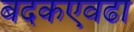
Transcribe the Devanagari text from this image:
बदकएवढा